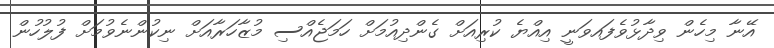
އޭނާ މިހެން ވިދާޅުވެފައވަނީ އިއްޔެ ކުރިއަށް ގެންދިއުމަށް ހަމަޖެއްސި މުޒާހަރާއަށް ނިކުންނެވުމަށް ފުލުހުން